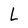
Character: L